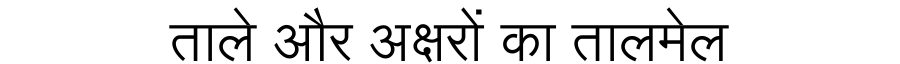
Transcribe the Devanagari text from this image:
ताले और अक्षरों का तालमेल